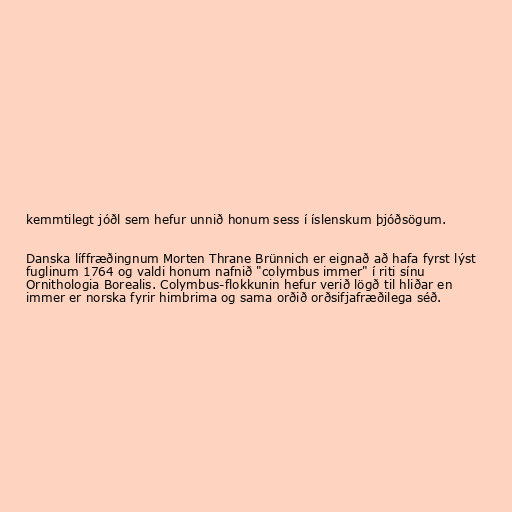
kemmtilegt jóðl sem hefur unnið honum sess í íslenskum þjóðsögum.

Danska líffræðingnum Morten Thrane Brünnich er eignað að hafa fyrst lýst
fuglinum 1764 og valdi honum nafnið "colymbus immer" í riti sínu
Ornithologia Borealis. Colymbus-flokkunin hefur verið lögð til hliðar en
immer er norska fyrir himbrima og sama orðið orðsifjafræðilega séð.